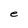
Character: e